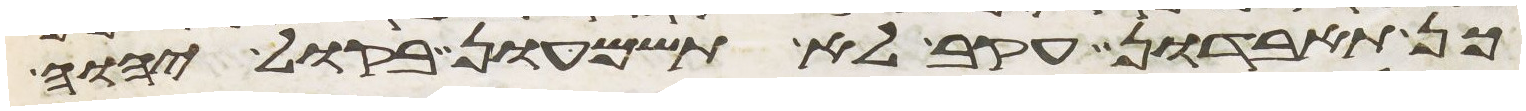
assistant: כן תאבדון עקב לא תשמעון בקול יהוה